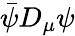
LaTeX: {\bar{\psi}}D_{\mu}\psi